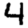
Digit: 4